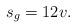
LaTeX: \begin{align*}s_g = 12v.\end{align*}